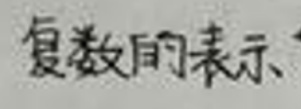
复数的表示